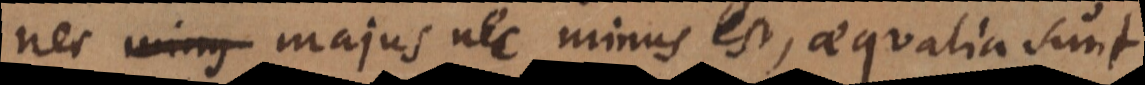
nec majus nec minus est, aequalia sunt.